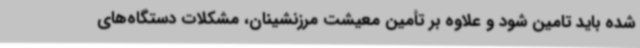
شده باید تامین شود و علاوه بر تأمین معیشت مرزنشینان، مشکلات دستگاه‌های